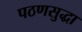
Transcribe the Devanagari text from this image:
पठणसुद्धा